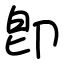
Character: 卽